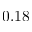
0 . 1 8